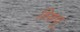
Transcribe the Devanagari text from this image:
हिणवू